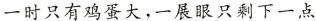
一时只有鸡蛋大，一展眼只剩下一点